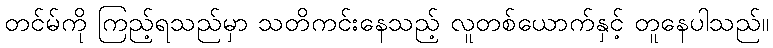
တင်မ်ကို ကြည့်ရသည်မှာ သတိကင်းနေသည့် လူတစ်ယောက်နှင့် တူနေပါသည်။